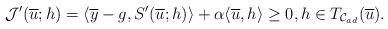
LaTeX: \begin{align*}\mathcal{J}'(\overline{u};h)= \langle \overline{y}-g, S'(\overline{u};h)\rangle + \alpha \langle \overline{u},h\rangle \ge 0, h\in T_{\mathcal{C}_{ad}}(\overline{u}).\end{align*}